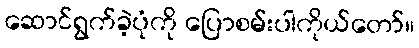
ဆောင်ရွက်ခဲ့ပုံကို ပြောစမ်းပါကိုယ်တော်။